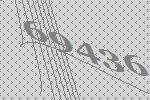
69436